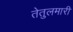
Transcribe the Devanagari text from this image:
तेतुलमारी